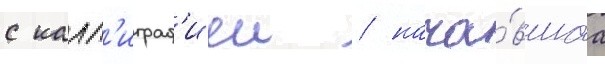
с калл'играф'иеи / нача́вшаа